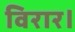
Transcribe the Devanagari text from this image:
विरार।